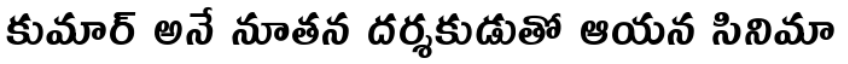
కుమార్ అనే నూతన దర్శకుడుతో ఆయన సినిమా